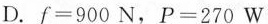
D.f=900N，P=270W